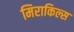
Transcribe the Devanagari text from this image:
मिराकिल्स